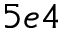
5 e 4